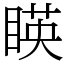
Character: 䁐